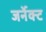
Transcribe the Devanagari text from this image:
जर्नेक्ट